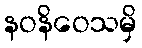
နဝနိဝေသမှိ